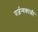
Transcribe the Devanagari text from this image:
पर्जन्यकाळी